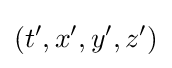
(t',x',y',z')